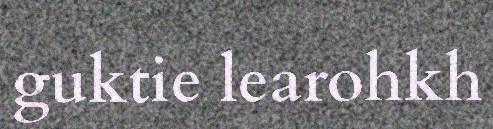
guktie learohkh